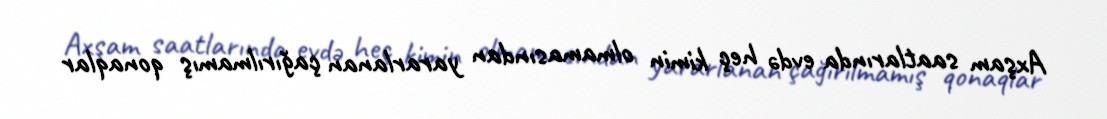
Axşam saatlarında evdə heç kimin olmamasından yararlanan çağırılmamış qonaqlar